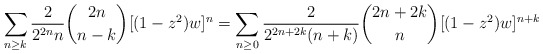
\begin{align*}\sum_{n \geq k}\frac{2}{2^{2n}n}\binom{2n}{n-k}[(1-z^2)w]^n = \sum_{n \geq 0}\frac{2}{2^{2n+2k}(n+k)}\binom{2n+2k}{n}[(1-z^2)w]^{n+k}\end{align*}